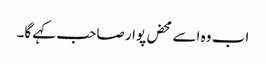
اب وہ اسے محض پوار صاحب کہے گا۔